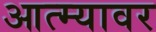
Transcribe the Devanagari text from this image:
आत्म्यावर